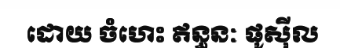
ដោយ ចំហេះ ឥន្ធនៈ ផូស៊ីល